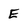
Character: E